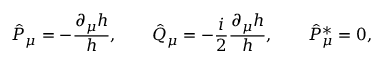
\hat { P } _ { \mu } = - { \frac { \partial _ { \mu } h } { h } } , \qquad \hat { Q } _ { \mu } = - { \frac { i } { 2 } } { \frac { \partial _ { \mu } h } { h } } , \qquad \hat { P } _ { \mu } ^ { * } = 0 ,